Calcutta medical institutions reports 1892-1900
Year: 1892
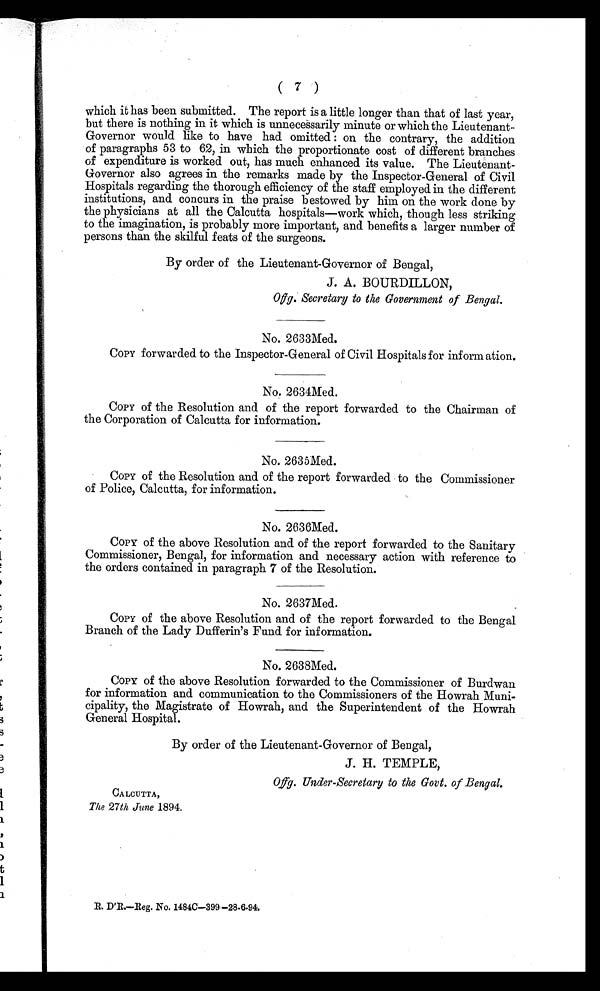
(7)
which it has been submitted. The report is a little longer than that of last year,
but there is nothing in it which is unnecessarily minute or which the Lieutenant
-Governor would like to have had omitted: on the contrary, the addition
of paragraphs 53 to 62, in which the proportionate cost of different branches
of expenditure is worked out, has much enhanced its value. The Lieutenant-
Governor also agrees in the remarks made by the Inspector-General of Civil
Hospitals regarding the thorough efficiency of the staff employed in the different
institutions, and concurs in the praise bestowed by him on the work done by
the physicians at all the Calcutta hospitals—work which, though less striking
to the imagination, is probably more important, and benefits a larger number of
persons than the skilful feats of the surgeons.
By order of the Lieutenant-Governor of Bengal,
J. A. BOURDILLON,
Offg. Secretary to the Government of Bengal.
No. 2633Med.
COPY forwarded to the Inspector-General of Civil Hospitals for information.
No. 2634Med.
COPY of the Resolution and of the report forwarded to the Chairman of
the Corporation of Calcutta for information.
No. 2635Med.
COPY of the Resolution and of the report forwarded to the Commissioner
of Police, Calcutta, for information.
No. 2636Med.
COPY of the above Resolution and of the report forwarded to the Sanitary
Commissioner, Bengal, for information and necessary action with reference to
the orders contained in paragraph 7 of the Resolution.
No. 2637Med.
COPY of the above Resolution and of the report forwarded to the Bengal
Branch of the Lady Dufferin's Fund for information.
No. 2638Med.
COPY of the above Resolution forwarded to the Commissioner of Burdwan
for information and communication to the Commissioners of the Howrah Muni
-cipality, the Magistrate of Howrah, and the Superintendent of the Howrah
General Hospital.
By order of the Lieutenant-Governor of Bengal,
J. H. TEMPLE,
Offg. Under-Secretary to the Govt. of Bengal.
CALCUTTA,
The 27th June 1894.
R . D ' R . — R e g . N o . 1 4 8 4 C — 3 9 9 — 2 8 . 6 . 9 4 .